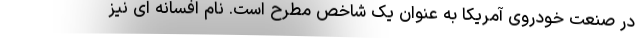
در صنعت خودروی آمریکا به عنوان یک شاخص مطرح است. نام افسانه ای نیز